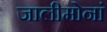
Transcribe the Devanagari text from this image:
जालीमोनां